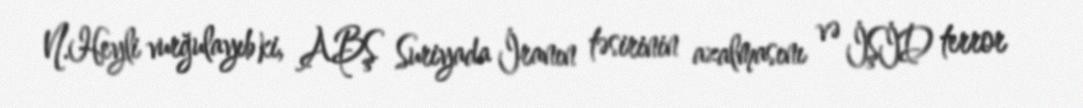
N.Heyli vurğulayıb ki, ABŞ Suriyada İranın təsirinin azalmasını və İŞİD terror